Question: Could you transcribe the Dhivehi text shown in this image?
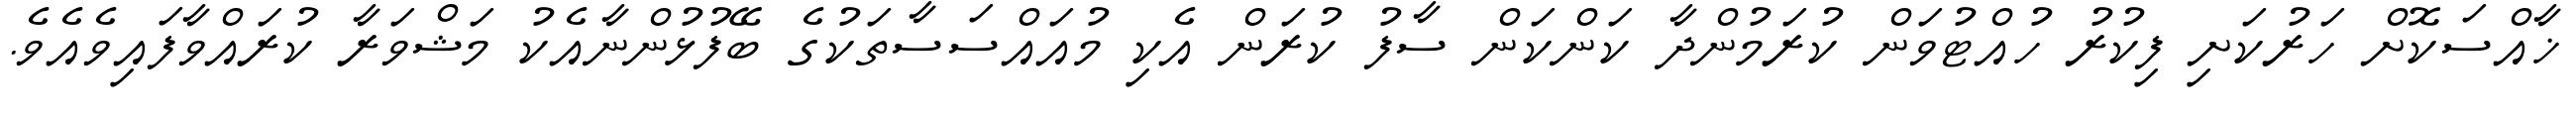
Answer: ޚާއްސަކޮށް ހަރުކަށި ފިކުރު ހުއްޓުވަން ކުރަމުންދާ ކަންކަން ސާފު ކުރަން އެކި މުއައްސަސާތަކުގެ ބޭފުޅުންނާއެކު މަޝްވަރާ ކުރައްވާފައިވެއެވެ.